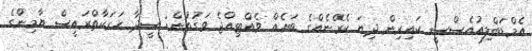
އެމްޑަބްލިއުއެސްސީ ކައިރިން ދިޔަ ކެރޭނެއްގެ ބައެއްް ވެއްޓިއްޖެ ވަގުތުން: ސީދާ ހަރަކާތްރައީސް ޔާމިންގެ